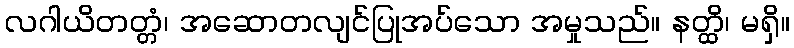
လဂါယိတတ္တံ၊ အဆောတလျင်ပြုအပ်သော အမှုသည်။ နတ္ထိ၊ မရှိ။